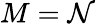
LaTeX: M=\mathcal{N}